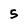
Character: 5